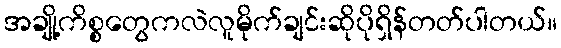
အချို့ကိစ္စတွေကလဲလူမိုက်ချင်းဆိုပိုရှိန်တတ်ပါတယ်။